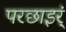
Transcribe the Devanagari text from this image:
परछाइर्ं